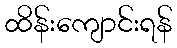
ထိန်းကျောင်းရန်